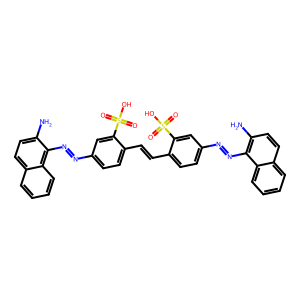
SMILES: Nc1ccc2ccccc2c1N=Nc1ccc(C=Cc2ccc(N=Nc3c(N)ccc4ccccc34)cc2S(=O)(=O)O)c(S(=O)(=O)O)c1
Inhibits HIV replication: Yes